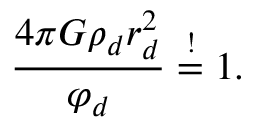
\frac { 4 \pi G \rho _ { d } r _ { d } ^ { 2 } } { \varphi _ { d } } \overset { ! } { = } 1 .